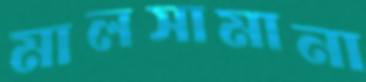
মালসামানা